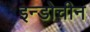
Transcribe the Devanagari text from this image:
इन्डोचीन